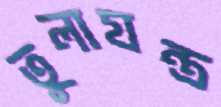
তুলাযন্ত্র